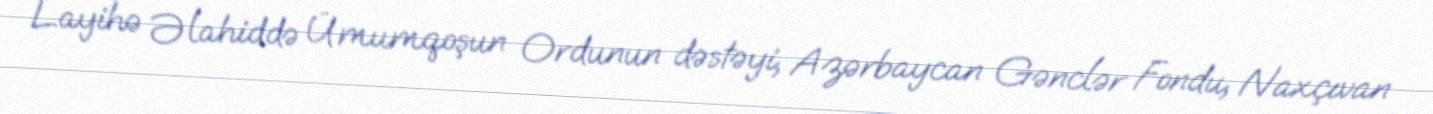
Layihə Əlahiddə Ümumqoşun Ordunun dəstəyi, Azərbaycan Gənclər Fondu, Naxçıvan